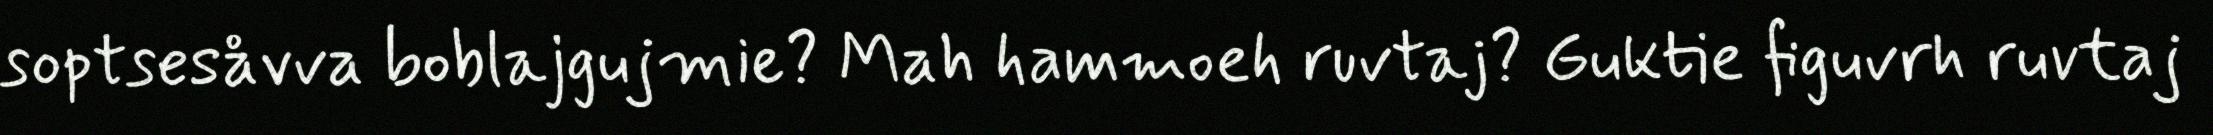
soptsesåvva boblajgujmie? Mah hammoeh ruvtaj? Guktie figuvrh ruvtaj